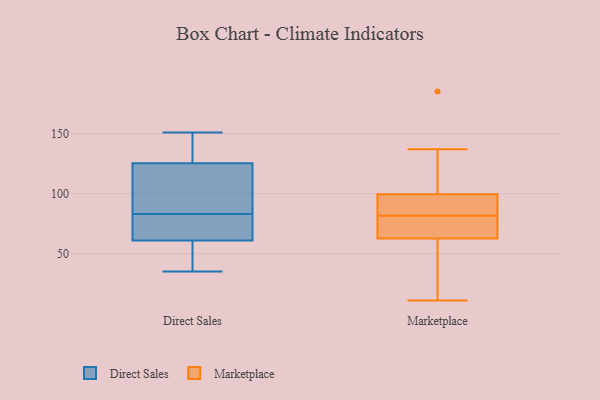
{"axis": {"x": "Page Views", "y": "Value"}, "legend": ["Direct Sales", "Marketplace"], "data": [{"x": "", "y": 53, "type": "Direct Sales"}, {"x": "", "y": 151, "type": "Direct Sales"}, {"x": "", "y": 124, "type": "Direct Sales"}, {"x": "", "y": 112, "type": "Direct Sales"}, {"x": "", "y": 61, "type": "Direct Sales"}, {"x": "", "y": 35, "type": "Direct Sales"}, {"x": "", "y": 48, "type": "Direct Sales"}, {"x": "", "y": 140, "type": "Direct Sales"}, {"x": "", "y": 83, "type": "Direct Sales"}, {"x": "", "y": 143, "type": "Direct Sales"}, {"x": "", "y": 66, "type": "Direct Sales"}, {"x": "", "y": 112, "type": "Direct Sales"}, {"x": "", "y": 67, "type": "Direct Sales"}, {"x": "", "y": 61, "type": "Direct Sales"}, {"x": "", "y": 129, "type": "Direct Sales"}, {"x": "", "y": 73, "type": "Direct Sales"}, {"x": "", "y": 120, "type": "Direct Sales"}, {"x": "", "y": 100, "type": "Marketplace"}, {"x": "", "y": 38, "type": "Marketplace"}, {"x": "", "y": 82, "type": "Marketplace"}, {"x": "", "y": 84, "type": "Marketplace"}, {"x": "", "y": 64, "type": "Marketplace"}, {"x": "", "y": 11, "type": "Marketplace"}, {"x": "", "y": 185, "type": "Marketplace"}, {"x": "", "y": 61, "type": "Marketplace"}, {"x": "", "y": 29, "type": "Marketplace"}, {"x": "", "y": 115, "type": "Marketplace"}, {"x": "", "y": 137, "type": "Marketplace"}, {"x": "", "y": 67, "type": "Marketplace"}, {"x": "", "y": 99, "type": "Marketplace"}, {"x": "", "y": 81, "type": "Marketplace"}, {"x": "", "y": 117, "type": "Marketplace"}, {"x": "", "y": 70, "type": "Marketplace"}, {"x": "", "y": 86, "type": "Marketplace"}, {"x": "", "y": 53, "type": "Marketplace"}, {"x": "", "y": 71, "type": "Marketplace"}, {"x": "", "y": 88, "type": "Marketplace"}]}